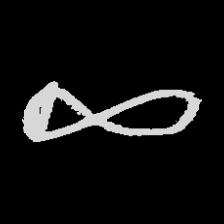
Pyu character \u2014 Myanmar letter: ဆ (romanized: cha)